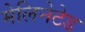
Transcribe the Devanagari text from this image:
मेलिनेटेड